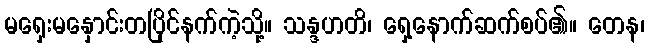
မရှေးမနှောင်းတပြိုင်နက်ကဲ့သို့။ သန္ဒဟတိ၊ ရှေ့နောက်ဆက်စပ်၏။ တေန၊